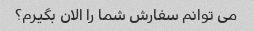
می توانم سفارش شما را الان بگیرم؟